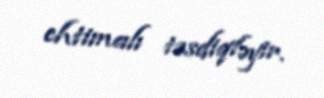
ehtimalı təsdiqləyir.